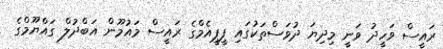
ރައީސް ވަހީދު ވަނީ މިދިޔަ ދުވަސްތަކުގައި ޕީޕީއެމްގެ ރައީސް މައުމޫން އަބްދުލް ގައްޔޫމްގެ